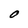
Character: 0